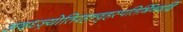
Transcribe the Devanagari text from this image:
अदध्ज्र्योतिरहन्वृहस्पतिर्भिनदद्रिं